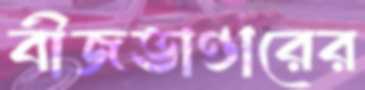
বীজভাণ্ডারের